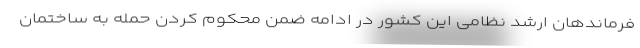
فرماندهان ارشد نظامی این کشور در ادامه ضمن محکوم کردن حمله به ساختمان